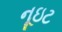
નૂઇટ